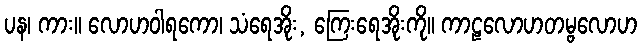
ပန၊ ကား။ လောဟဝါရကော၊ သံရေအိုး, ကြေးရေအိုးကို။ ကာဠလောဟတမ္ဗလောဟ